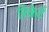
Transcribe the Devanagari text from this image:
रिकेर्ट